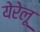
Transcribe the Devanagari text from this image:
येरेलू